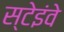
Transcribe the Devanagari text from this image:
स्टेइंवे